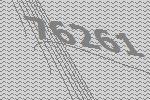
76261